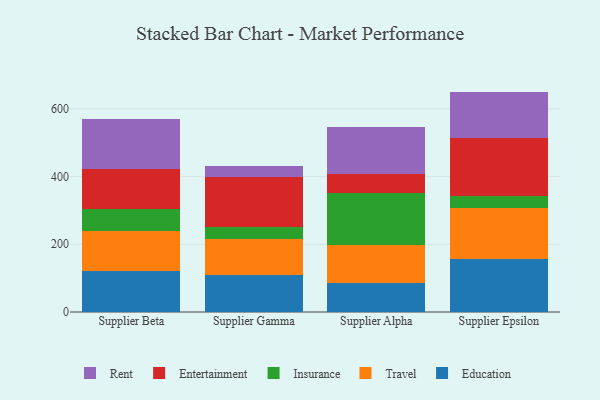
{"axis": {"x": "Supplier", "y": "Population (Million)"}, "legend": ["Education", "Entertainment", "Insurance", "Rent", "Travel"], "data": [{"x": "Supplier Beta", "y": 121.3, "type": "Education"}, {"x": "Supplier Beta", "y": 116.6, "type": "Travel"}, {"x": "Supplier Beta", "y": 65.5, "type": "Insurance"}, {"x": "Supplier Beta", "y": 120.3, "type": "Entertainment"}, {"x": "Supplier Beta", "y": 146.0, "type": "Rent"}, {"x": "Supplier Gamma", "y": 109.8, "type": "Education"}, {"x": "Supplier Gamma", "y": 105.6, "type": "Travel"}, {"x": "Supplier Gamma", "y": 35.1, "type": "Insurance"}, {"x": "Supplier Gamma", "y": 148.1, "type": "Entertainment"}, {"x": "Supplier Gamma", "y": 33.3, "type": "Rent"}, {"x": "Supplier Alpha", "y": 84.8, "type": "Education"}, {"x": "Supplier Alpha", "y": 114.2, "type": "Travel"}, {"x": "Supplier Alpha", "y": 153.7, "type": "Insurance"}, {"x": "Supplier Alpha", "y": 55.4, "type": "Entertainment"}, {"x": "Supplier Alpha", "y": 138.8, "type": "Rent"}, {"x": "Supplier Epsilon", "y": 157.5, "type": "Education"}, {"x": "Supplier Epsilon", "y": 150.2, "type": "Travel"}, {"x": "Supplier Epsilon", "y": 34.2, "type": "Insurance"}, {"x": "Supplier Epsilon", "y": 172.9, "type": "Entertainment"}, {"x": "Supplier Epsilon", "y": 136.2, "type": "Rent"}]}